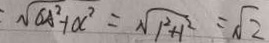
: \sqrt { 6 A ^ { 2 } + O C ^ { 2 } } = \sqrt { 1 ^ { 2 } + 1 ^ { 2 } } = \sqrt { 2 }